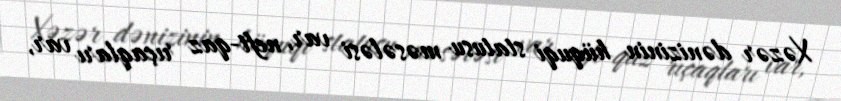
Xəzər dənizinin hüquqi statusu məsələsi var, neft-qaz rıçaqları var,